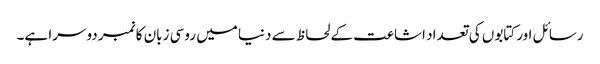
رسائل اور کتابوں کی تعداد اشاعت کے لحاظ سے دنیا میں روسی زبان کا نمبر دوسرا ہے۔